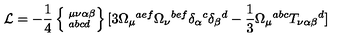
{ \cal L } = - \frac { 1 } { 4 } \left\{ \phantom { | } _ { a b c d } ^ { \mu \nu \alpha \beta } \right\} [ 3 \Omega _ { \mu } { } ^ { a e f } \Omega _ { \nu } { } ^ { b e f } \delta _ { \alpha } { } ^ { c } \delta _ { \beta } { } ^ { d } - \frac { 1 } { 3 } \Omega _ { \mu } { } ^ { a b c } T _ { \nu \alpha \beta } { } ^ { d } ]